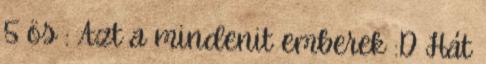
5 ös : Azt a mindenit emberek :D Hát